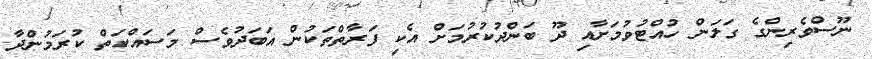
ނޫސްވެރިންގެ ގަލަން ހުއްޓުވުމަށާއި ދޫ ބަންދުކުރުމަށް އެކި ފަރާތްތަކުން އަބަދުވެސް މަސައްކަތް ކުރަމުންދާ